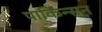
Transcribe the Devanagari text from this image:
पार्किंन्सन